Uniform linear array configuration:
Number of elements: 32
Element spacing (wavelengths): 0.75
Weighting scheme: kaiser
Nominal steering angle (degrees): -30
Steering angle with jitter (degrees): -31.67
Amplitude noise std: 0.05
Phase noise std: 0.05

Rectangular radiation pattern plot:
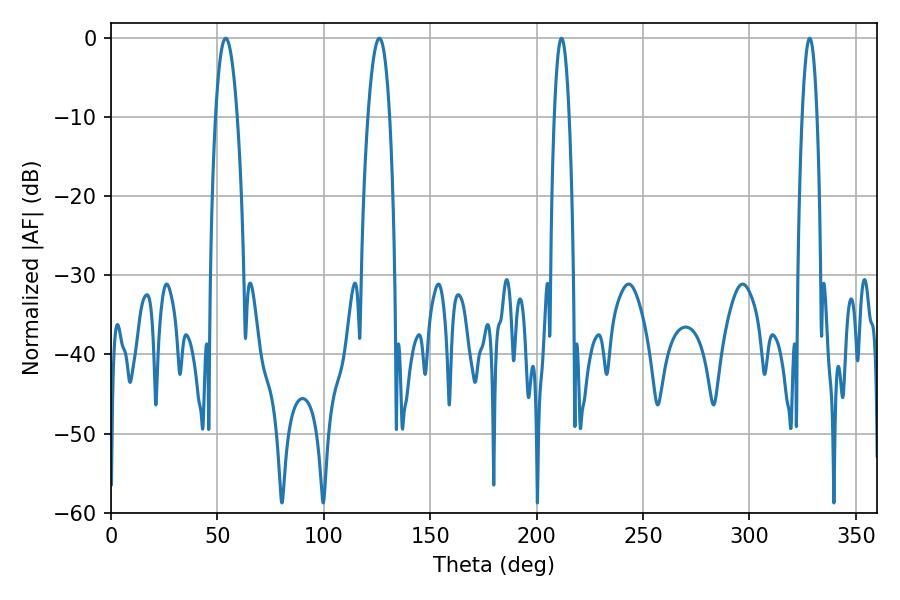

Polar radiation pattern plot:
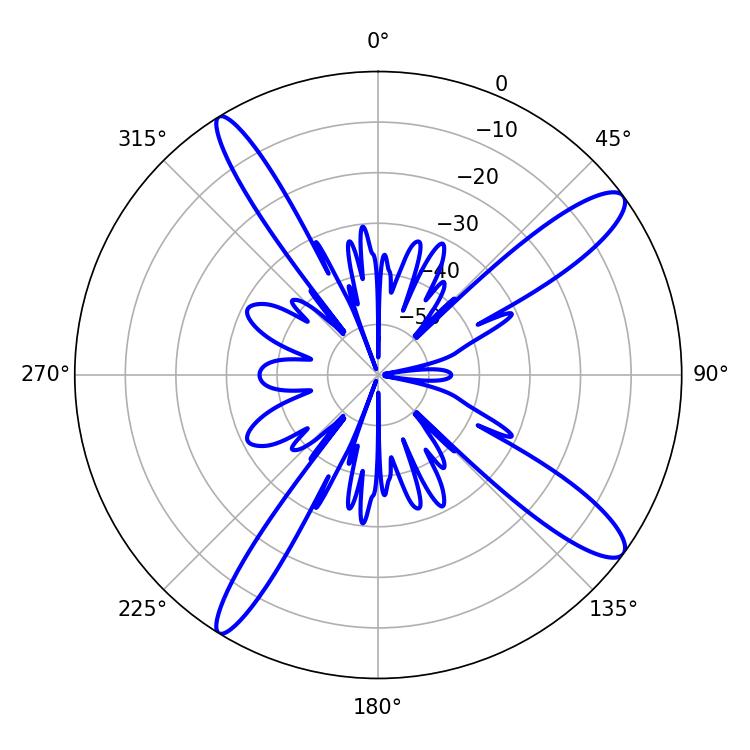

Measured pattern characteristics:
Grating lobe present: TRUE
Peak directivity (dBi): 13.252
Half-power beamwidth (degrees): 3.78
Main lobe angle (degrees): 211.68